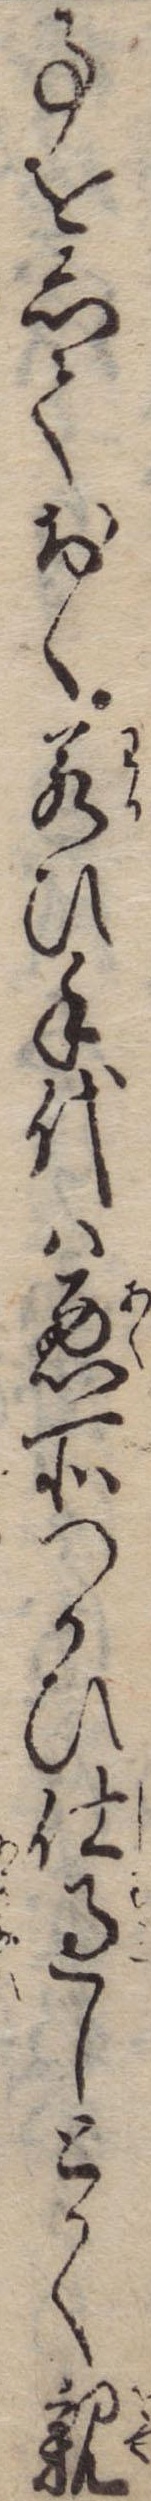
事をしておく若ひ手代は悪所つかひ仕過しとかく親